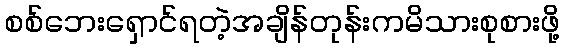
စစ်ဘေးရှောင်ရတဲ့အချိန်တုန်းကမိသားစုစားဖို့